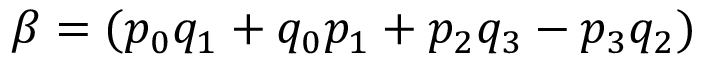
\beta = ( p _ { 0 } q _ { 1 } + q _ { 0 } p _ { 1 } + p _ { 2 } q _ { 3 } - p _ { 3 } q _ { 2 } )